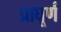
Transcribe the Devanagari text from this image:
प्राघूर्ण